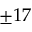
\pm 1 7